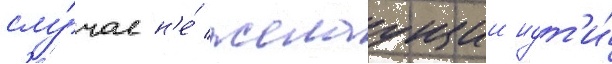
слу́чае н'е́ желаущии идт'и́